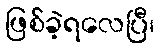
ဖြစ်ခဲ့ရလေပြီ၊